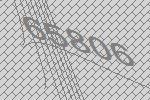
65806